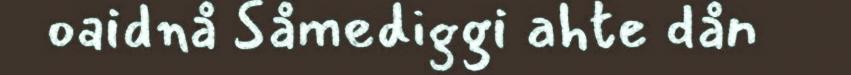
oaidnå Såmediggi ahte dån